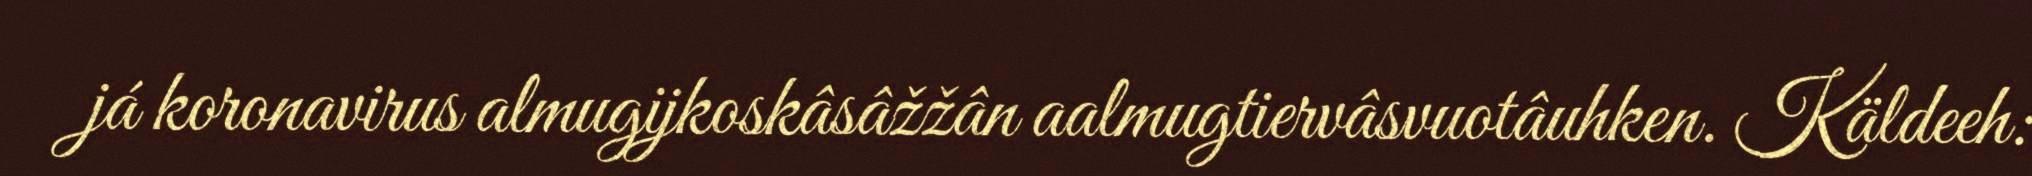
já koronavirus almugijkoskâsâžžân aalmugtiervâsvuotâuhken. Käldeeh: